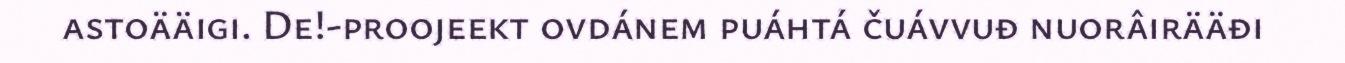
astoääigi. De!-proojeekt ovdánem puáhtá čuávvuđ nuorâirääđi